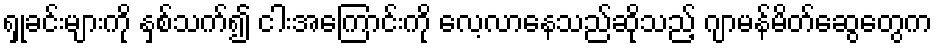
ရှုခင်းများကို နှစ်သက်၍ ငါးအကြောင်းကို လေ့လာနေသည်ဆိုသည့် ဂျာမန်မိတ်ဆွေတွေက